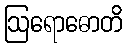
ဩရောဓောတိ